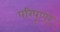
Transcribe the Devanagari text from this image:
परिपूणर्